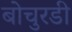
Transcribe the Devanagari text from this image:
बोचुरडी